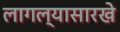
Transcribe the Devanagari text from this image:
लागल्यासारखे